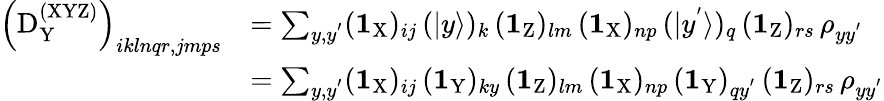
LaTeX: \begin{array}{rl}{\left(\mathrm{D}_{\mathrm Y}^{\mathrm{(XYZ)}}\right)_{iklnqr,jmps}}&{=\sum_{y,y^{'}}(\textbf{1}_{\mathrm{X}})_{ij}\, (|y\rangle)_{k}\, (\textbf{1}_{\mathrm{Z}})_{lm}\, (\textbf{1}_{\mathrm{X}})_{np}\, (|y^{'}\rangle)_{q}\, (\textbf{1}_{\mathrm{Z}})_{rs}\, \rho_{yy^{'}}}\\ &{=\sum_{y,y^{'}}(\textbf{1}_{\mathrm{X}})_{ij}\, (\textbf{1}_{\mathrm{Y}})_{ky}\, (\textbf{1}_{\mathrm{Z}})_{lm}\, (\textbf{1}_{\mathrm{X}})_{np}\, (\textbf{1}_{\mathrm{Y}})_{qy^{'}}\, (\textbf{1}_{\mathrm{Z}})_{rs}\, \rho_{yy^{'}}}\end{array}